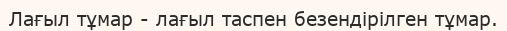
Лағыл тұмар - лағыл таспен безендірілген тұмар.